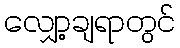
လျှော့ချရာတွင်